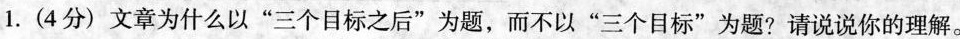
1. (4分) 文章为什么以”三个目标之后”为题，而不以”三个目标”为题?请说说你的理解。